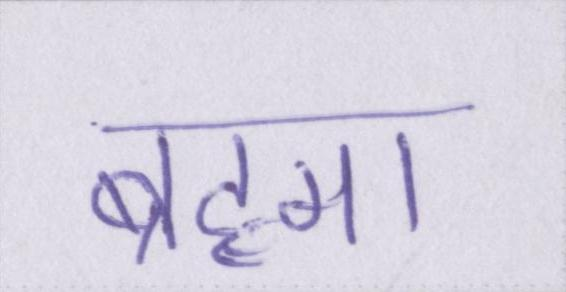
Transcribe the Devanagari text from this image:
ब्रह्मा